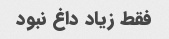
فقط زیاد داغ نبود